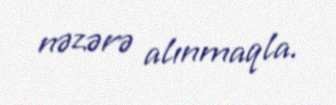
nəzərə alınmaqla.